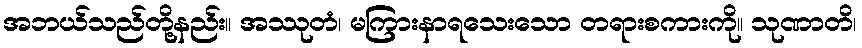
အဘယ်သည်တို့နည်း။ အဿုတံ၊ မကြားနာရသေးသော တရားစကားကို။ သုဏာတိ၊